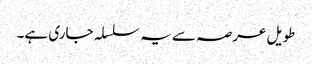
طویل عرصہ سے یہ سلسلہ جاری ہے۔